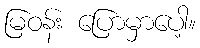
မြဝန်း ပြောမှာပေါ့။